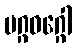
မဂ္ဂဝဂ္ဂေါ